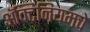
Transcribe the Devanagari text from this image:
ॲक्टिनियमचे